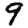
Digit: 9